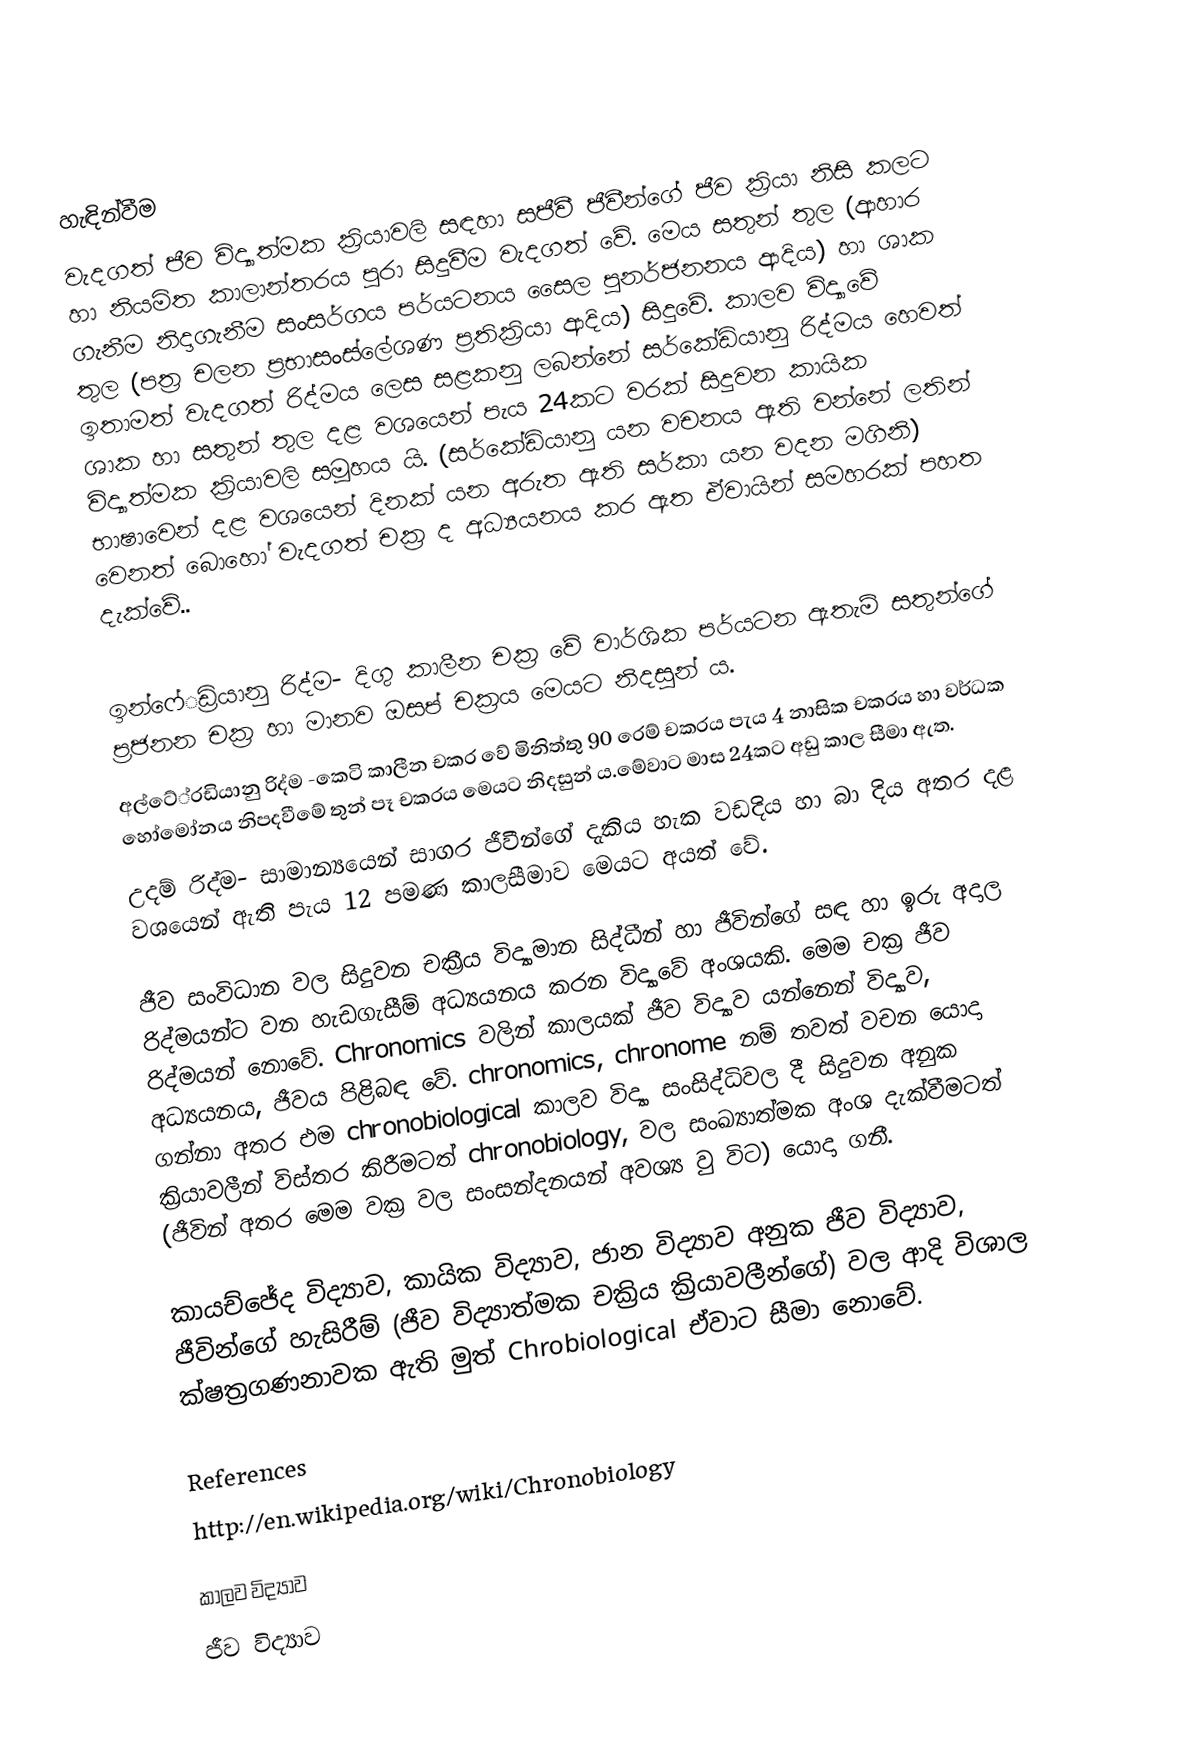

හැඳින්වීම
 වැදගත් ජීව විද්‍යාත්මක ක‍්‍රියාවලි සඳහා සජීවී ජීවීන්ගේ ජීව ක‍්‍රියා නිසි කලට හා නියමිත කාලාන්තරය පුරා සිදුවීම වැදගත් වේ. මෙය සතුන් තුල (ආහාර ගැනීම නිදාගැනීම සංසර්ගය පර්යටනය සෛල පුනර්ජනනය ආදිය) හා ශාක තුල (පත‍්‍ර චලන ප‍්‍රභාසංස්ලේශණ ප‍්‍රතික‍්‍රියා ආදිය) සිදුවේ. කාලව විද්‍යාවේ ඉතාමත් වැදගත් රිද්මය ලෙස සළකනු ලබන්නේ සර්කේඩියානු රිද්මය හෙවත් ශාක හා සතුන් තුල දළ වශයෙන් පැය 24කට වරක් සිදුවන කායික විද්‍යාත්මක ක‍්‍රියාවලි සමූහය යි. (සර්කේඩියානු යන වචනය ඇති වන්නේ ලතින් භාෂාවෙන් දළ වශයෙන් දිනක් යන අරුත ඇති සර්කා යන වදන මගිනි) වෙනත් බොහෝ වැදගත් චක‍්‍ර ද අධ්‍යයනය කර ඇත ඒවායින් සමහරක් පහත දැක්වේ..

 	ඉන්ෆේ‍්‍රඩියානු රිද්ම- දිගු කාලීන චක‍්‍ර වේ වාර්ශික පර්යටන ඇතැම් සතුන්ගේ ප‍්‍රජනන චක‍්‍ර හා මානව ඔසප් චක‍්‍රය මෙයට නිදසුන් ය.
  	අල්ටේ‍්‍රඩියානු රිද්ම -කෙටි කාලීන චක‍්‍ර වේ මිනිත්තු 90 රෙම් චක‍්‍රය පැය 4 නාසික චක‍්‍රය හා වර්ධක හෝමෝනය නිපදවීමේ තුන් පෑ චක‍්‍රය මෙයට නිදසුන් ය.මේවාට මාස 24කට අඩු කාල සීමා ඇත.
  උදම් රිද්ම- සාමාන්‍යයෙන් සාගර ජීවීන්ගේ දැකිය හැක වඩදිය හා බා දිය අතර දළ වශයෙන් ඇති පැය 12 පමණ කාලසීමාව මෙයට අයත් වේ.

ජීව සංවිධාන වල සිදුවන චක්‍රීය විද්‍යාමාන සිද්ධීන් හා ජීවින්ගේ සඳ හා ඉරු අදාල රිද්මයන්ට වන හැඩගැසීම් අධ්‍යයනය කරන විද්‍යාවේ අංශයකි. මෙම චක්‍ර ජීව රිද්මයන් නොවේ. Chronomics වලින් කාලයක් ජීව විද්‍යාව යන්නෙන් විද්‍යාව, අධ්‍යයනය, ජීවය පිළිබඳ වේ. chronomics, chronome නම් තවත් වචන යොදා ගන්නා අතර එම chronobiological කාලව විද්‍යා සංසිද්ධිවල දී සිදුවන අනුක ක්‍රියාවලීන් විස්තර කිරීමටත් chronobiology, වල සංඛ්‍යාත්මක අංශ දැක්වීමටත් (ජීවින් අතර මෙම වක්‍ර වල සංසන්දනයන් අවශ්‍ය වු විට) යොදා ගනී.

කායච්ජේද විද්‍යාව, කායික විද්‍යාව, ජාන විද්‍යාව අනුක ජීව විද්‍යාව, ජීවින්ගේ හැසිරීම් (ජීව විද්‍යාත්මක චක්‍රිය ක්‍රියාවලීන්ගේ) වල ආදි විශාල ක්ෂත්‍රගණනාවක ඇති මුත් Chrobiological ඒවාට සීමා නොවේ.

References
http://en.wikipedia.org/wiki/Chronobiology

කාලව විද්‍යාව
ජීව විද්‍යාව